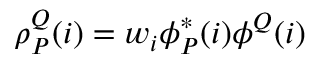
\begin{array} { r } { \rho _ { P } ^ { Q } ( i ) = w _ { i } \phi _ { P } ^ { * } ( i ) \phi ^ { Q } ( i ) } \end{array}